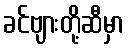
ခင်ဗျားတို့ဆီမှာ